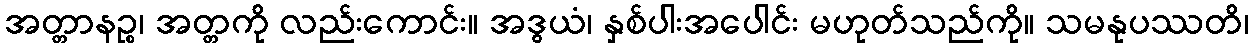
အတ္တာနဉ္စ၊ အတ္တကို လည်းကောင်း။ အဒွယံ၊ နှစ်ပါးအပေါင်း မဟုတ်သည်ကို။ သမနုပဿတိ၊